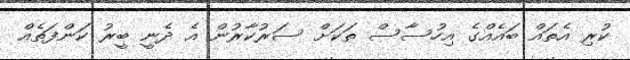
ކުރި އެތައް ބައެއްގެ އިހުސާސް ތަކަށް ސަރުކާރުން އެ ދެނީ ބީރު ކަންފަތެއް